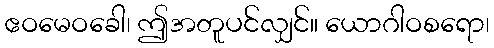
ဧဝမေဝခေါ၊ ဤအတူပင်လျှင်။ ယောဂါဝစရော၊